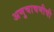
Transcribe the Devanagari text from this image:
अणुचाचणीची